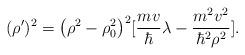
LaTeX: \begin{align*}(\rho^{\prime})^2=\bigl(\rho^2-\rho_0^2\bigr)^2[{m v\over\hbar}\lambda-{m^2 v^2\over \hbar^2\rho^2}].\end{align*}